Annual report of the Imperial Bacteriological Laboratory, Muktesar
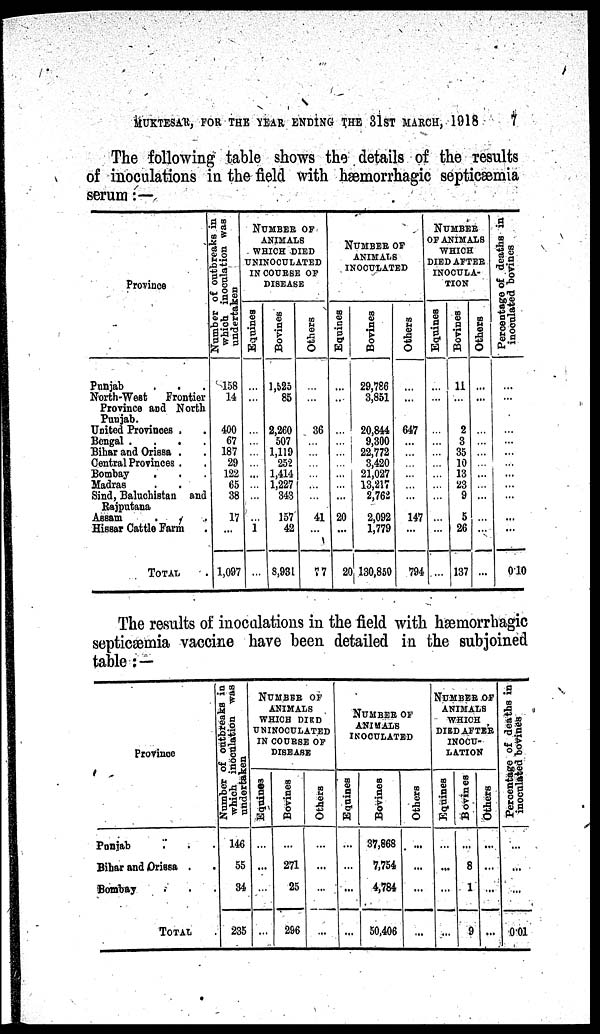
MUKTESAR, FOR THE YEAR ENDING THE 31ST MARCH, 1918
7
The following table shows the details of the results
of inoculations in the field with hæmorrhagic septicæmia
serum:—
Province
Punjab
.
.
North-West
Frontier
Province and North
Punjab.
United Provinces .
Bengal .
.
.
.
Bihar and Orissa .
Central Provinces .
Bombay
Madras
Sind, Baluchistan and
Rajputana
Assam
Hissar Cattle Farm
TOTAL
Number of outbreaks in
which inoculation was
undertaken
158
14
400
67
187
29
122
65
38
17
...
1,097
NUMBER OF
ANIMALS
WHICH DIED
UNINOCULATED
IN COURSE OF
DISEASE
Equines
...
...
...
...
...
...
...
...
...
...
1
...
Bovines
1,525
85
2,260
507
1,119
252
1,414
1,227
343
157
42
8,931
Others
...
...
36
...
...
...
...
...
...
41
...
77
NUMBER OF
ANIMALS
INOCULATED
Equines
...
...
...
...
...
...
...
...
...
20
...
20
Bovines
29,786
3,851
20,844
9,300
22,772
3,420
21,027
13,217
2,762
2,092
1,779
130,850
Others
...
...
647
...
...
...
...
...
...
147
...
794
NUMBER
OF ANIMALS
WHICH
DIED AFTER
INOCULA-
TION
Equines
...
...
...
...
...
...
...
...
...
...
...
Bovines
11
...
2
3
35
10
13
23
9
5
26
137
Others
....
...
...
...
...
...
...
...
...
...
...
P ercentage of deaths in
inoculated bovines
...
....
...
...
...
...
...
...
...
...
0.10
The results of inoculations in the field with hæmorrhagic
septicæmia vaccine have been detailed in the subjoined
table : —
Province
Punjab
Bihar and Orissa .
Bombay
TOTAL
Number of outbreaks in
which inoculation was
undertaken
146
55
34
235
NUMBEB OF
ANIMALS
WHICH DIED
UN INOCULATED
IN COURSE OF
DISEASE
Equines
...
...
...
...
Bovines
...
271
25
296
Others
...
...
...
...
NUMBER OF
ANIMALS
INOCULATED
Equinea
...
...
...
...
Bovines
37,868
7,754
4,784
50,406
Others
...
...
...
...
NUMBER OF
ANIMALS
WHICH
DIED AFTER
INOCU-
LATION
Equines
...
...
...
...
Bovines
...
8
1
9
Others
...
...
...
...
Percentage of deaths in
inoculated bovines
...
...
...
0.01